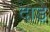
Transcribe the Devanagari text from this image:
दाड़े